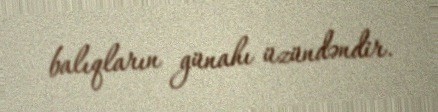
balıqların günahı üzündəndir.